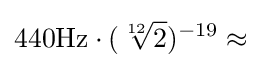
440{\rm {{Hz}\cdot ({\sqrt[{12}]{2}})^{-19}\approx }}